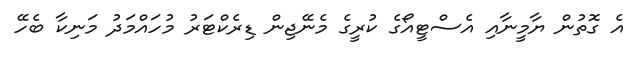
އެ ގޮތުން ޔާމީނާއި އެސްޓީއޯގެ ކުރީގެ މެނޭޖިން ޑިރެކްޓަރު މުހައްމަދު މަނިކާ ބެހޭ